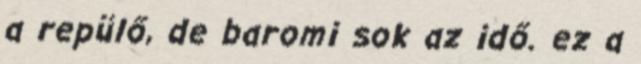
a repülő, de baromi sok az idő. ez a